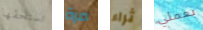
تستحقها مرة ثراء بعملي